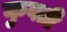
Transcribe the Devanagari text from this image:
कुवती